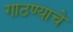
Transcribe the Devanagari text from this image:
गाठण्याचे